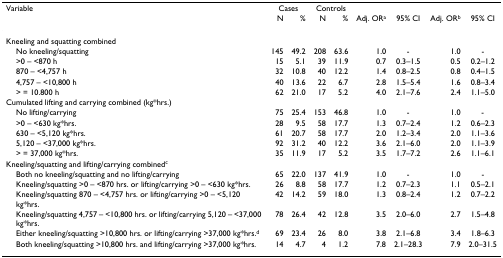
<table><thead><tr><td><b>Variable</b></td><td colspan="2"><b>Cases</b></td><td colspan="2"><b>Controls</b></td><td></td><td></td><td></td><td></td></tr><tr><td></td><td><b>N</b></td><td><b>%</b></td><td><b>N</b></td><td><b>%</b></td><td><b>Adj. OR<sup>a</sup></b></td><td><b>95% CI</b></td><td><b>Adj. OR<sup>b</sup></b></td><td><b>95% CI</b></td></tr></thead><tbody><tr><td>Kneeling and squatting combined</td><td></td><td></td><td></td><td></td><td></td><td></td><td></td><td></td></tr><tr><td> No kneeling/squatting</td><td>145</td><td>49.2</td><td>208</td><td>63.6</td><td>1.0</td><td>-</td><td>1.0</td><td>-</td></tr><tr><td> &gt;0 – &lt;870 h</td><td>15</td><td>5.1</td><td>39</td><td>11.9</td><td>0.7</td><td>0.3–1.5</td><td>0.5</td><td>0.2–1.2</td></tr><tr><td> 870 – &lt;4,757 h</td><td>32</td><td>10.8</td><td>40</td><td>12.2</td><td>1.4</td><td>0.8–2.5</td><td>0.8</td><td>0.4–1.5</td></tr><tr><td> 4,757 – &lt;10,800 h</td><td>40</td><td>13.6</td><td>22</td><td>6.7</td><td>2.8</td><td>1.5–5.4</td><td>1.6</td><td>0.8–3.4</td></tr><tr><td> &gt; = 10.800 h</td><td>62</td><td>21.0</td><td>17</td><td>5.2</td><td>4.0</td><td>2.1–7.6</td><td>2.4</td><td>1.1–5.0</td></tr><tr><td>Cumulated lifting and carrying combined (kg*hrs.)</td><td></td><td></td><td></td><td></td><td></td><td></td><td></td><td></td></tr><tr><td> No lifting/carrying</td><td>75</td><td>25.4</td><td>153</td><td>46.8</td><td>1.0</td><td>-</td><td>1.0</td><td>-</td></tr><tr><td> &gt;0 – &lt;630 kg*hrs.</td><td>28</td><td>9.5</td><td>58</td><td>17.7</td><td>1.3</td><td>0.7–2.4</td><td>1.2</td><td>0.6–2.3</td></tr><tr><td> 630 – &lt;5,120 kg*hrs.</td><td>61</td><td>20.7</td><td>58</td><td>17.7</td><td>2.0</td><td>1.2–3.4</td><td>2.0</td><td>1.1–3.6</td></tr><tr><td> 5,120 – &lt;37,000 kg*hrs.</td><td>92</td><td>31.2</td><td>40</td><td>12.2</td><td>3.6</td><td>2.1–6.0</td><td>2.0</td><td>1.1–3.9</td></tr><tr><td> &gt; = 37,000 kg*hrs.</td><td>35</td><td>11.9</td><td>17</td><td>5.2</td><td>3.5</td><td>1.7–7.2</td><td>2.6</td><td>1.1–6.1</td></tr><tr><td>Kneeling/squatting and lifting/carrying combined<sup>c</sup></td><td></td><td></td><td></td><td></td><td></td><td></td><td></td><td></td></tr><tr><td> Both no kneeling/squatting and no lifting/carrying</td><td>65</td><td>22.0</td><td>137</td><td>41.9</td><td>1.0</td><td>-</td><td>1.0</td><td>-</td></tr><tr><td> Kneeling/squatting &gt;0 – &lt;870 hrs. or lifting/carrying &gt;0 – &lt;630 kg*hrs.</td><td>26</td><td>8.8</td><td>58</td><td>17.7</td><td>1.2</td><td>0.7–2.3</td><td>1.1</td><td>0.5–2.1</td></tr><tr><td> Kneeling/squatting 870 – &lt;4,757 hrs. or lifting/carrying &gt;0 – &lt;5,120 kg*hrs.</td><td>42</td><td>14.2</td><td>59</td><td>18.0</td><td>1.3</td><td>0.8–2.4</td><td>1.2</td><td>0.7–2.2</td></tr><tr><td> Kneeling/squatting 4,757 – &lt;10,800 hrs. or lifting/carrying 5,120 – &lt;37,000 kg*hrs.</td><td>78</td><td>26.4</td><td>42</td><td>12.8</td><td>3.5</td><td>2.0–6.0</td><td>2.7</td><td>1.5–4.8</td></tr><tr><td> Either kneeling/squatting &gt;10,800 hrs. or lifting/carrying &gt;37,000 kg*hrs.<sup>d</sup></td><td>69</td><td>23.4</td><td>26</td><td>8.0</td><td>3.8</td><td>2.1–6.8</td><td>3.4</td><td>1.8–6.3</td></tr><tr><td> Both kneeling/squatting &gt;10,800 hrs. and lifting/carrying &gt;37,000 kg*hrs.</td><td>14</td><td>4.7</td><td>4</td><td>1.2</td><td>7.8</td><td>2.1–28.3</td><td>7.9</td><td>2.0–31.5</td></tr></tbody></table>